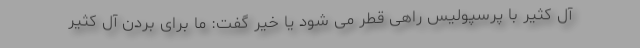
آل کثیر با پرسپولیس راهی قطر می شود یا خیر گفت: ما برای بردن آل کثیر